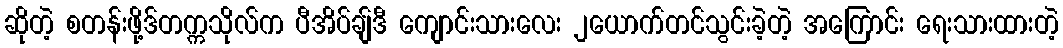
ဆိုတဲ့ စတန်းဖို့ဒ်တက္ကသိုလ်က ပီအိပ်ချ်ဒီ ကျောင်းသားလေး ၂ယောက်တင်သွင်းခဲ့တဲ့ အကြောင်း ရေးသားထားတဲ့